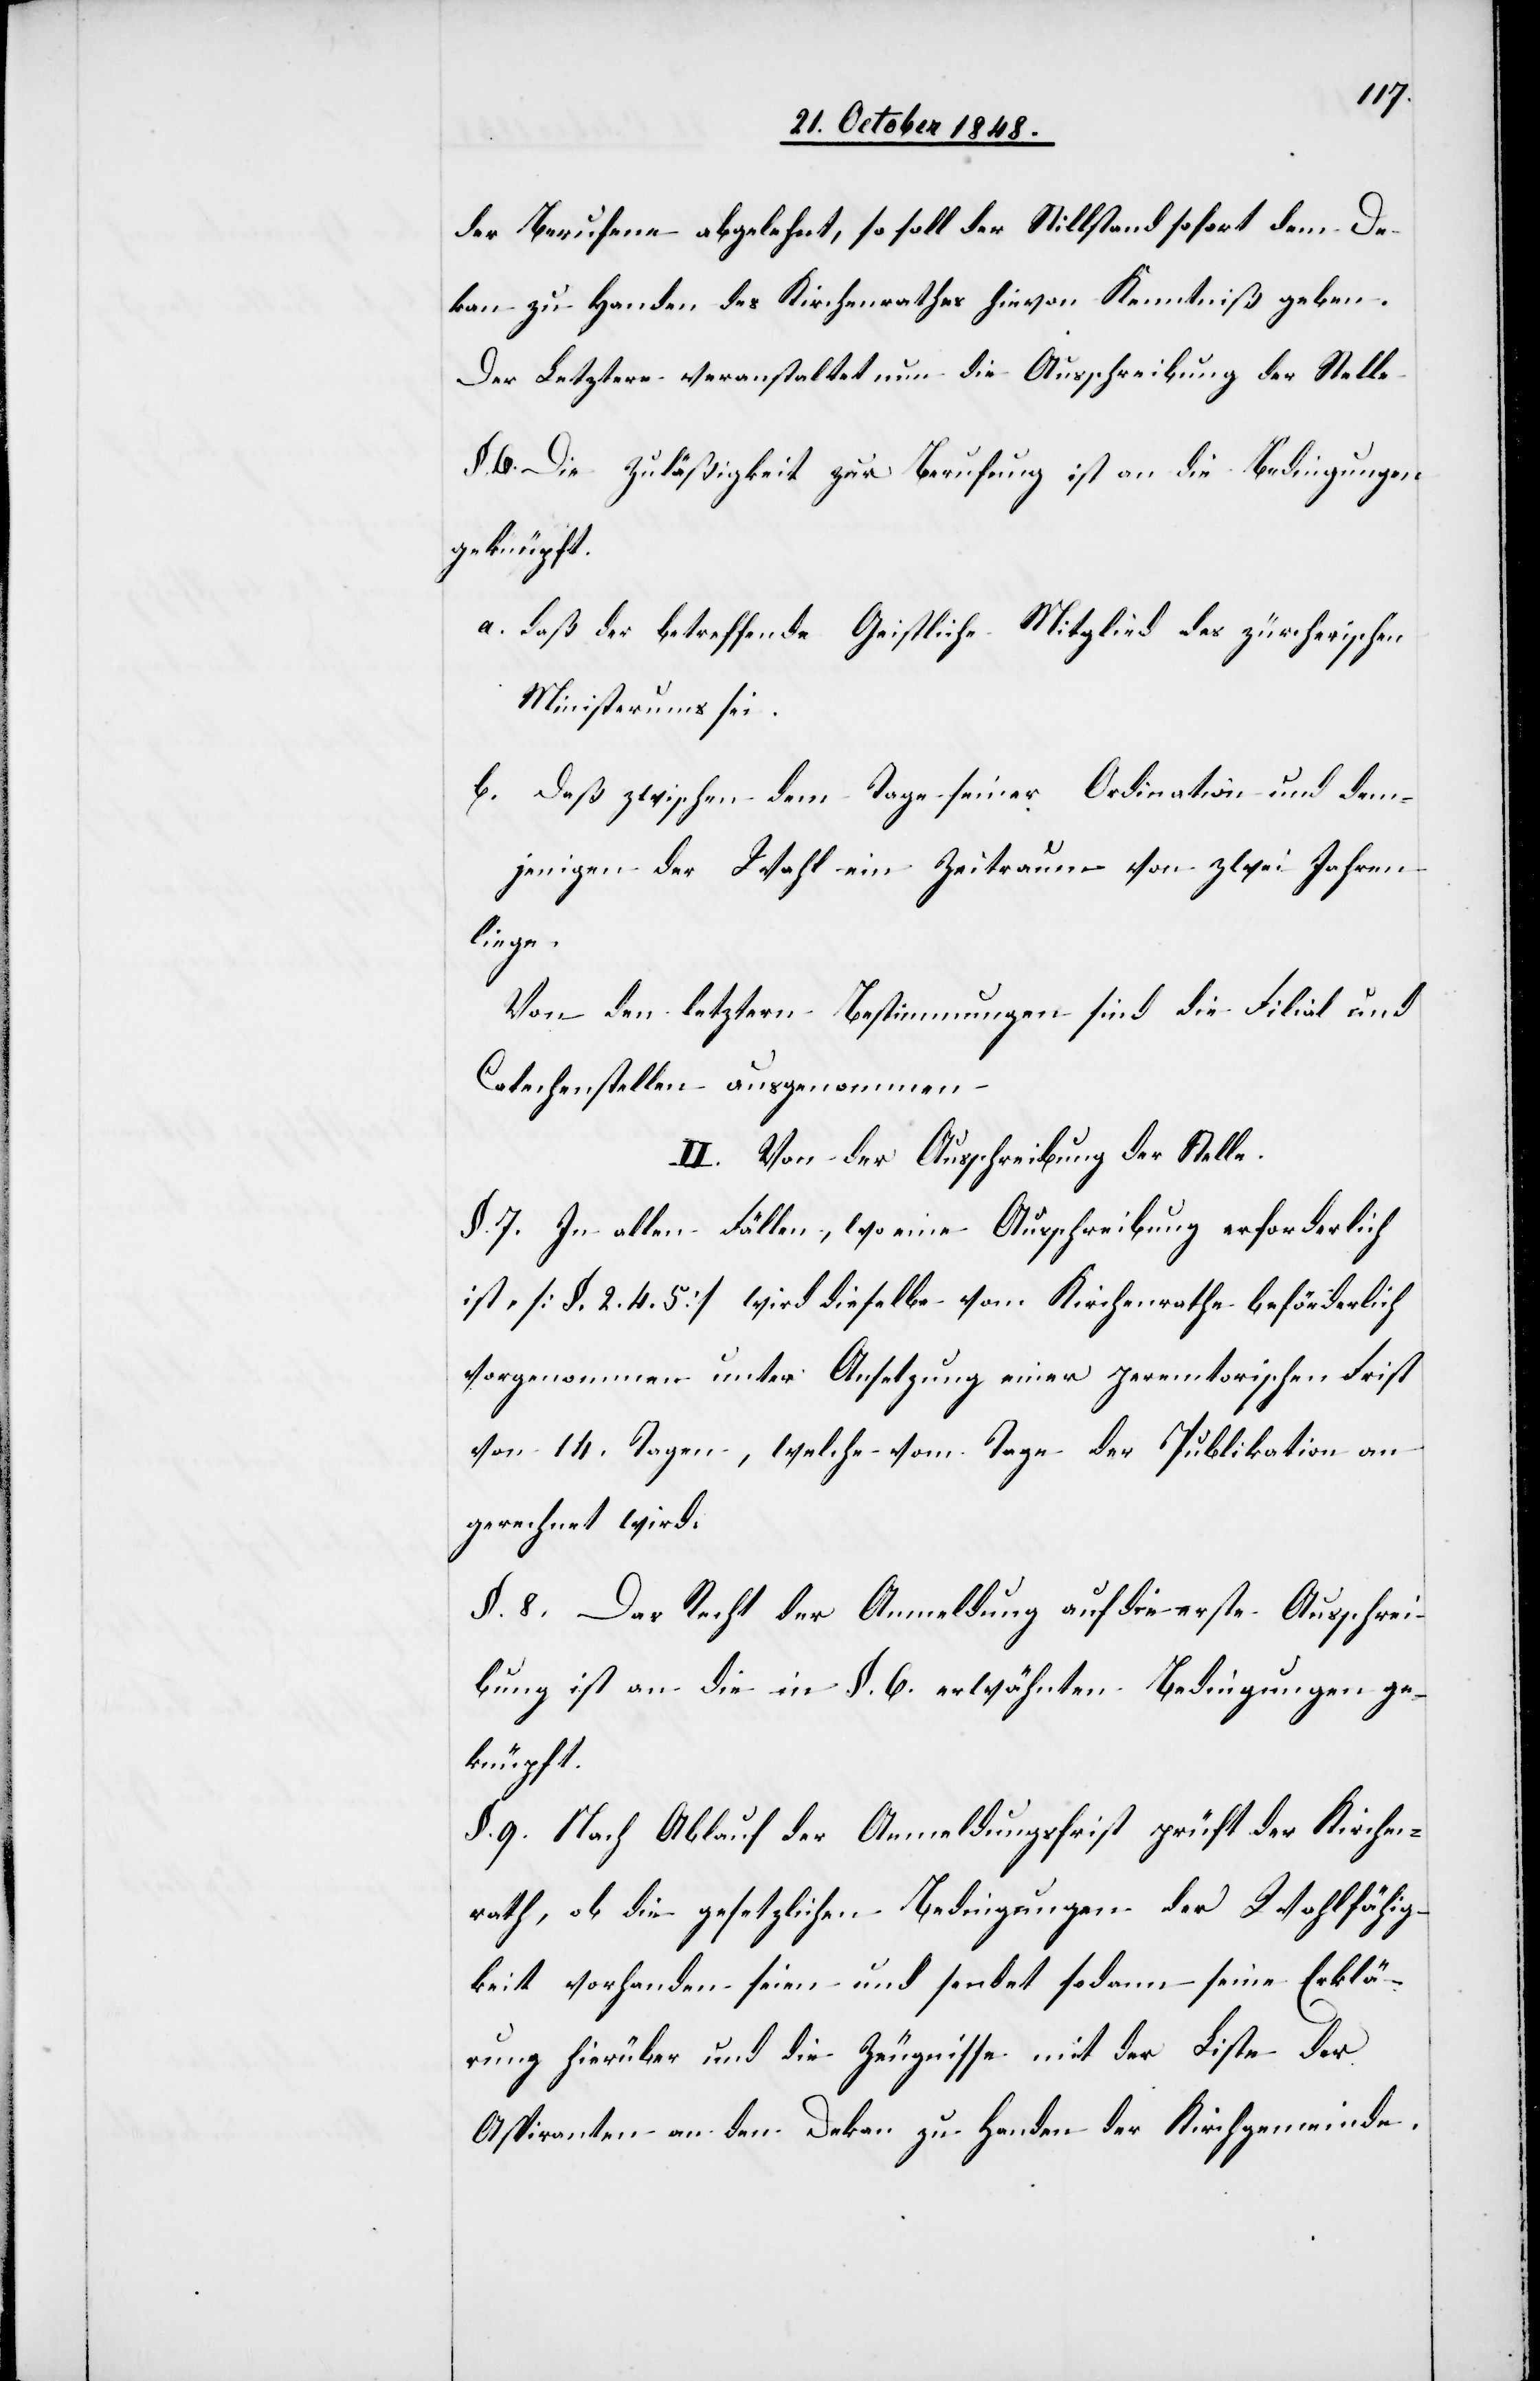
der Berufene abgelehnt, so soll der Stillstand sofort dem De¬
kan zu Handen des Kirchenrathes hievon Kenntniß geben.
§. 6. Die Zuläßigkeit zur Berufung ist an die Bedingungen
geknüpft.
a. daß der betreffende Geistliche Mitglied des zürcherischen
Ministeriums sei.
b. Daß zwischen dem Tage seiner Ordination und dem¬
jenigen der Wahl ein Zeitraum von zwei Jahren
liege.
Von den letztern Bestimmungen sind die Filial- und
Catechenstellen ausgenommen.
II. Von der Ausschreibung der Stelle.
§. 7. In allen Fällen, wo eine Ausschreibung erforderlich
ist [§. 2. 4. 5.] wir dieselbe vom Kirchenrathe beförderlich
vorgenommen unter Ansetzung einer peremtorischen Frist
von 14. Tagen, welche vom Tage der Publikation an
gerechnet wird.
§. 8. Das Recht der Anmeldung auf die erste Ausschrei¬
bung ist an die in §. 6. erwähnten Bedingungen ge¬
knüpft.
§. 9. Nach Ablauf der Anmeldungsfrist prüft der Kirchen¬
rath, ob die gesetzlichen Bedingungen der Wohlfähig¬
keit vorhanden seien und sendet sodann seine Erklä¬
rung hierüber und die Zeugnisse mit der Liste der
Aspiranten an den Dekan zu Handen der Kirchgemeinde.